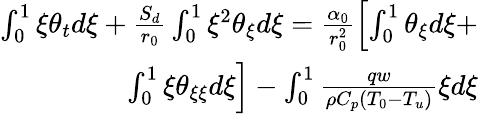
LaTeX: \begin{array}{r}{\int_{0}^{1}\xi\theta_{t}d\xi+\frac{S_{d}}{r_{0}}\int_{0}^{1}\xi^{2}\theta_{\xi}d\xi=\frac{\alpha_{0}}{r_{0}^{2}}\left[\int_{0}^{1}\theta_{\xi}d\xi+\right.}\\ {\left.\int_{0}^{1}\xi\theta_{\xi\xi}d\xi\right]-\int_{0}^{1}\frac{qw}{\rho C_{p}(T_{0}-T_{u})}\xi d\xi}\end{array}